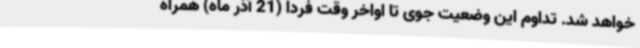
خواهد شد. تداوم این وضعیت جوی تا اواخر وقت فردا (21 آذر ماه) همراه